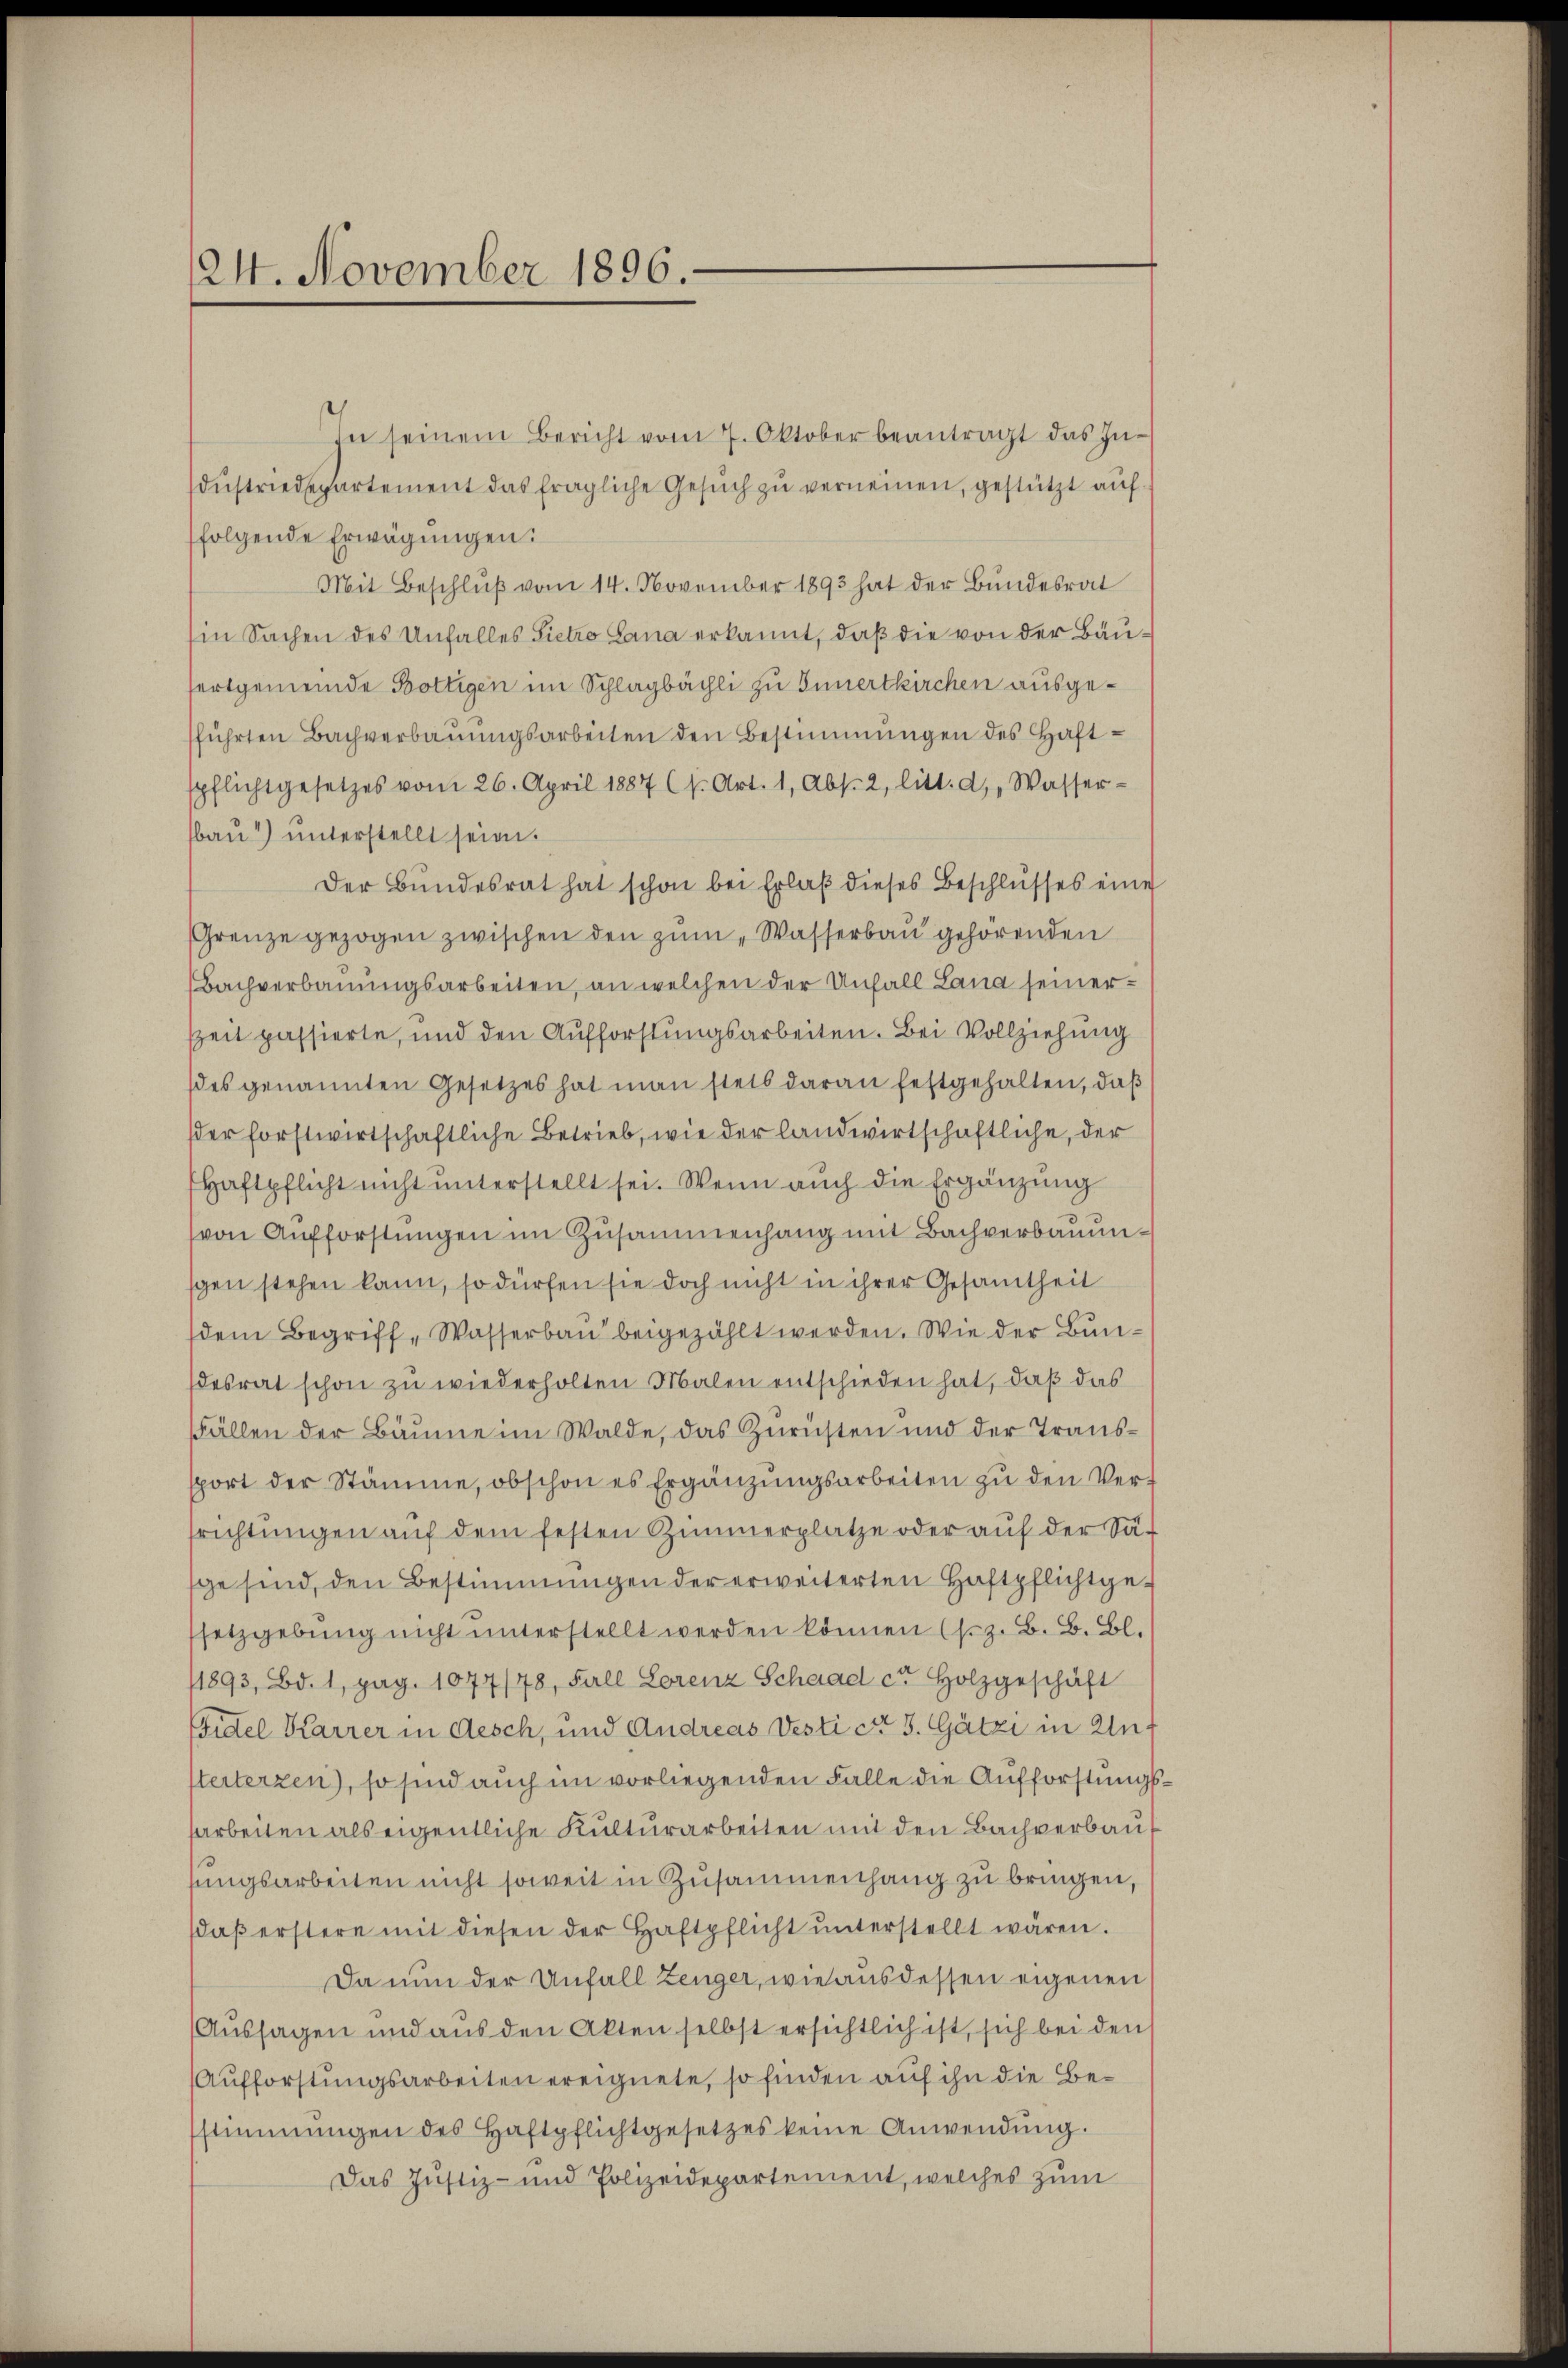
124. November 1896.

In seinem Bericht vom 7. Oktober beantragt das Industriedepartement das fragliche Gesuch zu verneinen, gestützt auffolgende Erwägungen:
Mit Beschlŭβ vom 14. November 1893 hat der Bundesrat
in Sachen des Unfalles Sietro Lana erkannt, daß die von der Bäufortgemeinde Bottigen im Schlagbächli zu Innertkirchen ausgesführten Bachverbaŭŭngsarbeiten den Bestimmungen des Haft-
spflichtgesetzes vom 26. April 1887 (s. Art. 1, Abs. 2, litt. d, Wasser-
bau) unterstellt seien.
Der Bundesrat hat schon bei Erlaβ dieses Beschlusses eine
Grenze gezogen zwischen den zum „Wasserbau gehörenden
Bachverbauungsarbeiten, an welchen der Unfall Lana seiner¬
Zeit passierte, und den Aufforstungsarbeiten. Bei Vollziehung
des genannten Gesetzes hat man stets daran festgehalten, daβ
der forstwirtschaftliche Betrieb, wie der landwirtschaftliche, der
Haftpflicht nicht unterstellt sei. Wenn auch die Ergänzung
von Aufforstungen im Zusammenhang mit Bachverbauungen stehen kann, so dürfen sie doch nicht in ihrer Gesamtheit
dem Begriff-Wasserbau beigezählt werden. Wie der Bundesrat schon zŭ wiederholten Malen entschieden hat, daß das
Fällen der Bäume im Walde, das Zurichten und der Transsport der Stämme, obschon es Ergänzŭngsarbeiten zu den Verrichtungen auf dem festen Zimmerplatze oder auf der Sage sind, den Bestimmungen der erweiterten Haftpflichtgessetzgebung nicht unterstellt werden können (s. z. B. B. Bl.
11893, Bd. 1, pag. 1077/78, Fall Lorenz Schaad ca Holzgeschäft
Fidel Karrer in Aesch, und Andreas Vesti cet 3. Gätzi in Anf
terterzen, so sind auch im vorliegenden Falle die Aufforstungsarbeiten als eigentliche Kulturarbeiten mit den Bachverbausungsarbeiten nicht soweit in Zusammenhang zu bringen,
daβ erstere mit diesen der Haftpflicht ŭnterstellt wären.
Da nun der Unfall Zeuger, wie aus dessen eigenen
(Aussagen und aus den Akten selbst ersichtlich ist, sich bei den
Aufforstungsarbeiten ereignete, so finden auf ihn die Bestimmungen des Haftpflichtgesetzes keine Anwendŭng.
Das Justiz- und Polizeidepartement, welches zum